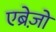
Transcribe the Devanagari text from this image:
एब्रेज़ो